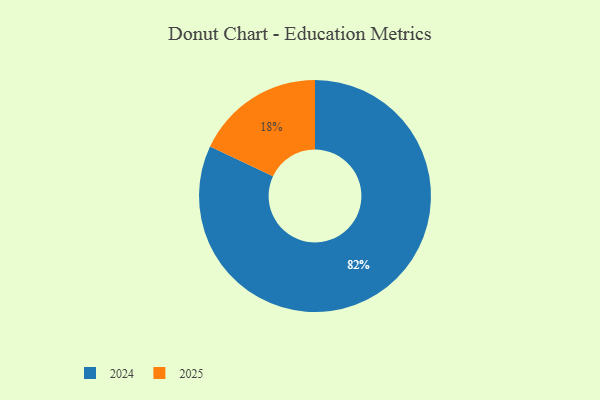
{"axis": {"x": "Category", "y": "Percentage"}, "legend": ["2024", "2025"], "data": [{"x": "2024", "y": 82, "type": "2024"}, {"x": "2025", "y": 18, "type": "2025"}]}